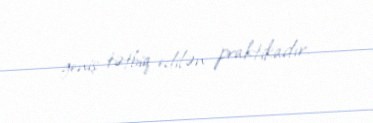
geniş tətbiq edilən praktikadır.